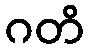
ဂတိ